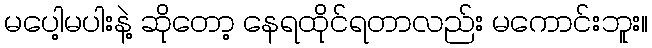
မပေါ့မပါးနဲ့ ဆိုတော့ နေရထိုင်ရတာလည်း မကောင်းဘူး။